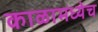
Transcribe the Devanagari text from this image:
काळामध्येच